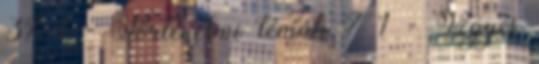
37 1 - Történelmi témák 7 1 - Vegyes